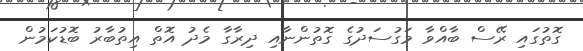
ގޮތުގައި ރޭސް ބާއްވާ މަގުސަދުގެ ގޮތުންނާއި ދިރާގާ މެދު އޮތް އިތުބާރު ބޮޑުކަމުން